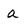
Character: a